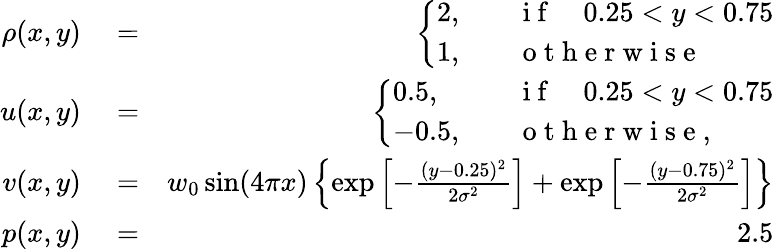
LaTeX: \begin{array}{rlr}{\rho(x,y)}&{{}=}&{\left\{ \begin{array}{ll}{2,\quad}&{\mathrm{~i~f~}\quad 0.25<y<0.75}\\ {1,\quad}&{\mathrm{~o~t~h~e~r~w~i~s~e~}}\end{array}\right.}\\ {u(x,y)}&{{}=}&{\left\{ \begin{array}{ll}{0.5,\quad}&{\mathrm{~i~f~}\quad 0.25<y<0.75}\\ {-0.5,\quad}&{\mathrm{~o~t~h~e~r~w~i~s~e~},}\end{array}\right.}\\ {v(x,y)}&{{}=}&{w_{0}\sin(4\pi x)\left\{ \exp\left[-\frac{(y-0.25)^{2}}{2\sigma^{2}}\right]+\exp\left[-\frac{(y-0.75)^{2}}{2\sigma^{2}}\right]\right\} }\\ {p(x,y)}&{{}=}&{2.5}\end{array}